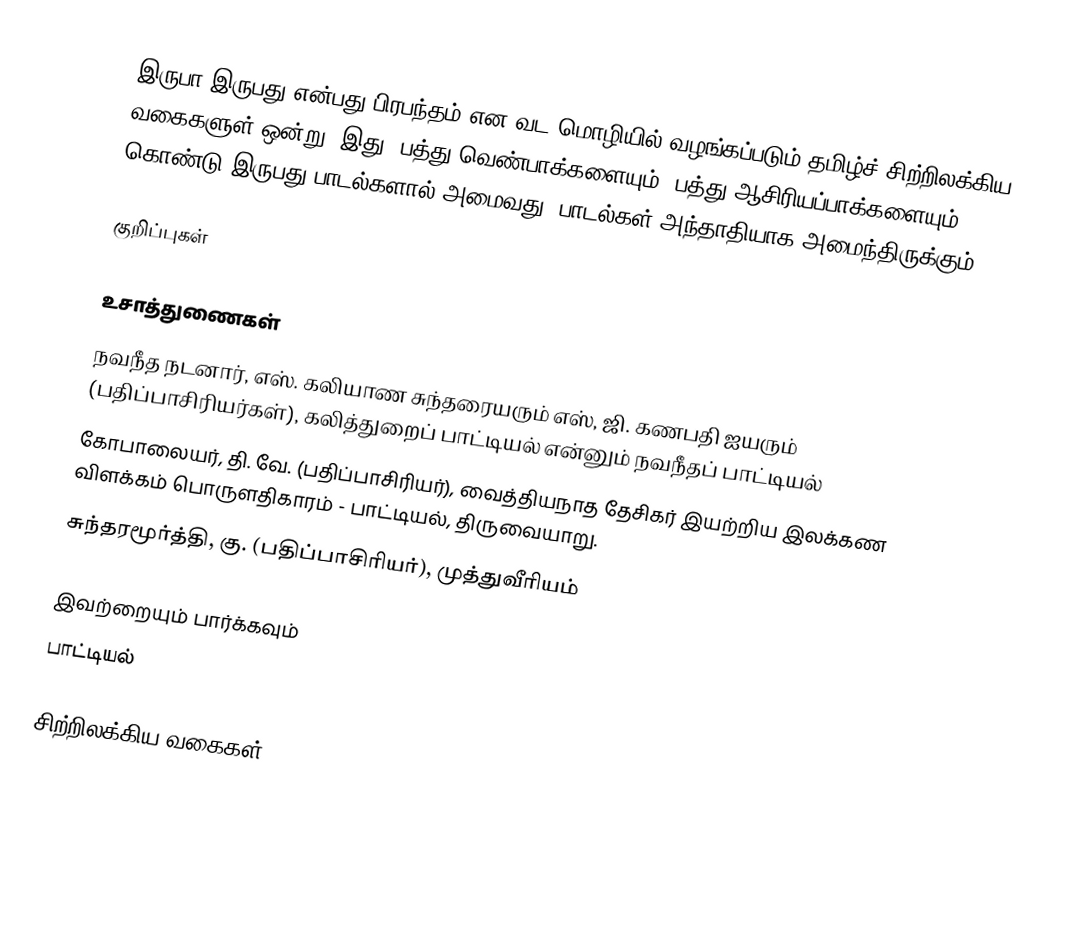
இருபா இருபது என்பது பிரபந்தம் என வட மொழியில் வழங்கப்படும் தமிழ்ச் சிற்றிலக்கிய வகைகளுள் ஒன்று. இது, பத்து வெண்பாக்களையும், பத்து ஆசிரியப்பாக்களையும் கொண்டு இருபது பாடல்களால் அமைவது. பாடல்கள் அந்தாதியாக அமைந்திருக்கும்.

குறிப்புகள்

உசாத்துணைகள்
 நவநீத நடனார், எஸ். கலியாண சுந்தரையரும் எஸ், ஜி. கணபதி ஐயரும் (பதிப்பாசிரியர்கள்), கலித்துறைப் பாட்டியல் என்னும் நவநீதப் பாட்டியல்
 கோபாலையர், தி. வே. (பதிப்பாசிரியர்), வைத்தியநாத தேசிகர் இயற்றிய இலக்கண விளக்கம் பொருளதிகாரம் - பாட்டியல், திருவையாறு.
 சுந்தரமூர்த்தி, கு. (பதிப்பாசிரியர்), முத்துவீரியம்

இவற்றையும் பார்க்கவும்
 பாட்டியல்

சிற்றிலக்கிய வகைகள்